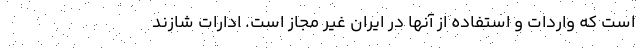
است که واردات و استفاده از آنها در ایران غیر مجاز است. ادارات شازند